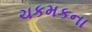
ચકમકના